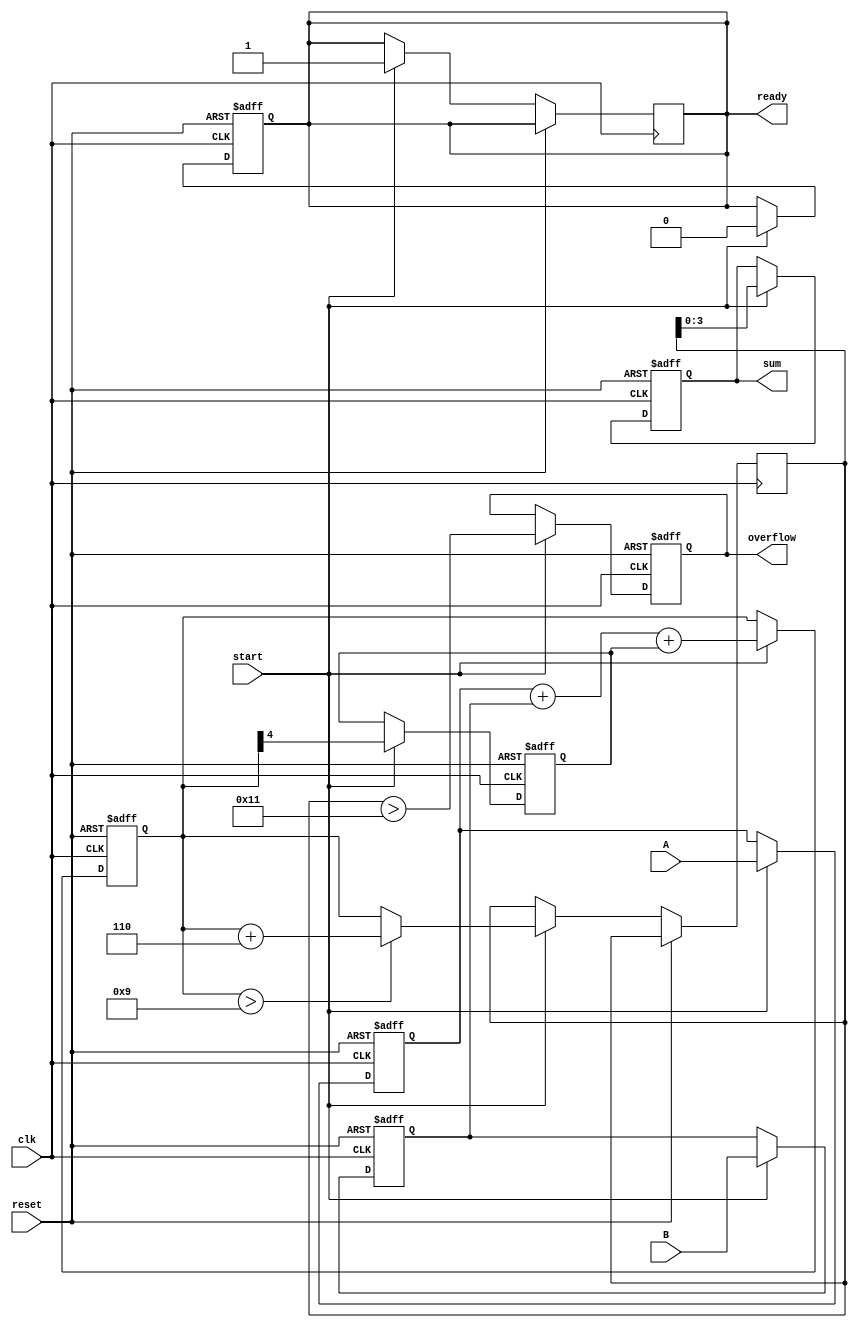
module BCD_Pipelined_Adder (
    input wire clk,
    input wire reset,
    input wire start,
    input wire [3:0] A, // BCD digit A
    input wire [3:0] B, // BCD digit B
    output reg [3:0] sum, // BCD sum output
    output reg overflow, // Overflow indicator
    output reg ready // Indicates when the output is ready
);

    // Internal signals
    reg [4:0] stage1_sum; // 5-bit sum for stage 1
    reg [4:0] stage2_sum; // 5-bit sum for stage 2
    reg carry; // Carry signal

    // State registers for pipelining
    reg [3:0] A_reg, B_reg;
    reg start_reg;

    // Stage 1: Initial Addition
    always @(posedge clk or posedge reset) begin
        if (reset) begin
            A_reg <= 4'b0000;
            B_reg <= 4'b0000;
            stage1_sum <= 5'b00000;
            carry <= 1'b0;
            ready <= 1'b0;
        end else if (start) begin
            A_reg <= A;
            B_reg <= B;
            stage1_sum <= A_reg + B_reg + carry; // Add A and B with carry
            carry <= stage1_sum[4]; // Capture carry for next stage
            ready <= 1'b0; // Not ready until stage 2 is complete
        end
    end

    // Stage 2: BCD Correction
    always @(posedge clk or posedge reset) begin
        if (reset) begin
            sum <= 4'b0000;
            overflow <= 1'b0;
        end else begin
            if (start) begin
                // Check for BCD correction
                if (stage1_sum > 5'b01001) begin // If sum > 9
                    stage2_sum <= stage1_sum + 5'b00110; // Add 6
                end else begin
                    stage2_sum <= stage1_sum; // No correction needed
                end

                // Assign final sum and check for overflow
                sum <= stage2_sum[3:0]; // Take lower 4 bits as the result
                overflow <= (stage2_sum > 5'b10001); // Check for overflow
                ready <= 1'b1; // Output is ready
            end
        end
    end

endmodule